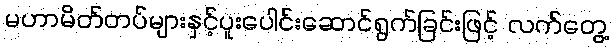
မဟာမိတ်တပ်များနှင့်ပူးပေါင်းဆောင်ရွက်ခြင်းဖြင့် လက်တွေ့